Civil Veterinary Department Bengal reports 1933-51 - 1933-1951
Year: 1933
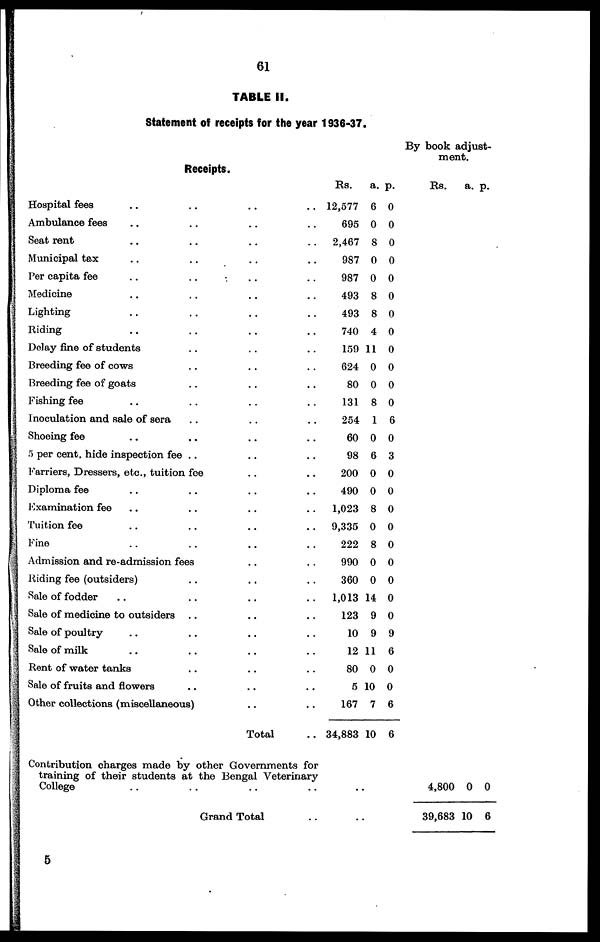
61
TABLE II.
Statement of receipts for the year 1936-37.
Receipts.
Hospital fees .. .. .. ..
Ambulance fees .. .. .. ..
Seat rent .. .. .. ..
Municipal tax .. .. .. ..
Per capita fee
..
..
..
..
Medicine .. .. .. ..
Lighting .. .. .. ..
Riding .. .. .. ..
Delay fine of students .. .. ..
Breeding fee of cows .. .. ..
Breeding fee of goats .. .. ..
Fishing fee .. .. .. ..
Inoculation and sale of sera .. .. ..
Shoeing fee .. .. .. ..
5 per cent hide inspection fee .. .. ...
Farriers, Dressers, etc., tuition fee .. ..
Diploma fee .. .. .. ..
Examination fee .. .. .. ..
Tuition fee .. .. .. ..
Fine .. .. .. ..
Admission and re-admission fees .. ..
Riding fee (outsiders) .. .. ..
Sale of fodder .. .. .. ..
Sale of medicine to outsiders .. .. ..
Sale of poultry .. .. .. ..
Sale of milk .. .. ..
Rent of water tanks .. .. ..
Sale of fruits and flowers .. ..
Other collections (miscellaneous) .. ..
Total ..
Rs.
12,577
695
2,467
987
987
493
493
740
159
624
80
131
254
60
98
200
490
1,023
9,335
222
990
360
1,013
123
10
12
80
5
167
34,883
a.
6
0
8
0
0
8
8
4
11
0
0
8
1
0
6
0
0
8
0
8
0
0
14
9
9
11
0
10
7
10
p.
0
0
0
0
0
0
0
0
0
0
0
0
6
0
3
0
0
0
0
0
0
0
0
0
9
6
0
0
6
6
By book adjust-
ment.
Rs. a. p.
Contribution charges made by other Governments for
training of their students at the Bengal Veterinary
College .. .. .. .. ..
Grand Total .. ..
4,800 0 0
39,683 10 6
5